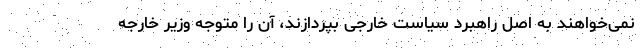
نمی‌خواهند به اصل راهبرد سیاست خارجی بپردازند، آن را متوجه وزیر خارجه